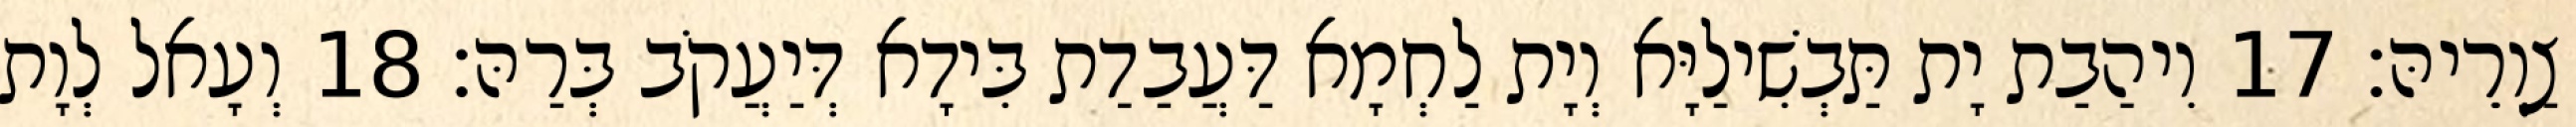
צַוְרֵיהּ׃ 17 וִיהַבַת יָת תַּבְשִׁילַיָּא וְיָת לַחְמָא דַּעֲבַדַת בִּידָא דְּיַעֲקֹב בְּרַהּ׃ 18 וְעָאל לְוָת